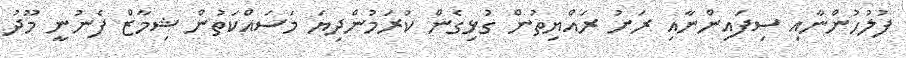
ފުލުހުންނާއި ސިފައިންނާއި ރަށު ރައްޔިތުން ގުޅިގެން ކުރަމުންދިޔަ މަސައްކަތުން ޝިމާޒް ފެނުނީ މޫދު